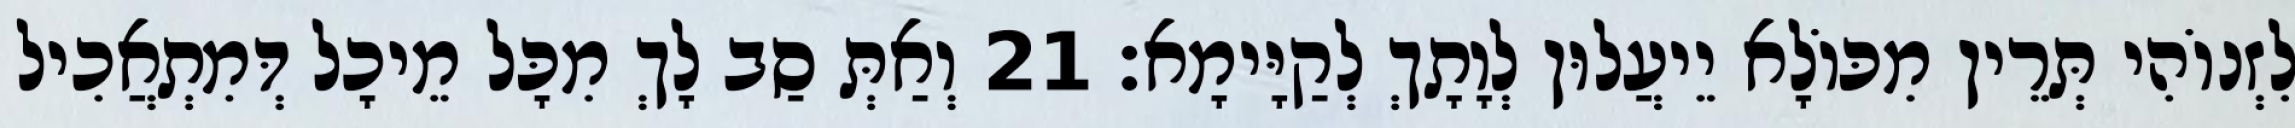
לִזְנוֹהִי תְּרֵין מִכּוֹלָא יֵיעֲלוּן לְוָתָךְ לְקַיָּימָא׃ 21 וְאַתְּ סַב לָךְ מִכָּל מֵיכָל דְּמִתְאֲכִיל